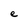
Character: e